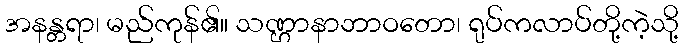
အနန္တရာ၊ မည်ကုန်၏။ သဏ္ဌာနာဘာဝတော၊ ရုပ်ကလာပ်တို့ကဲ့သို့